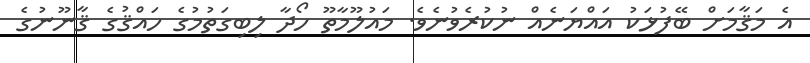
އެ މަޤާމަށް ބޭފުޅަކު އައްޔަނެއް ނުކުރެވުނެވެ. މައުލޫމާތޫ ހޯދާ ލިބިގަތުމުގެ ހައްޤުގެ ޤާނޫނުގެ